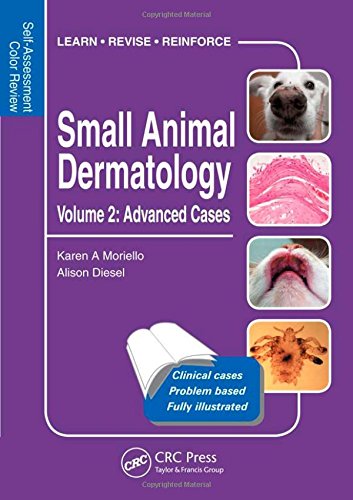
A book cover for Small Animal Dermatology, Advanced Cases: Self-Assessment Color Review (Veterinary Self-Assessment Color Review Series); Karen A Moriello; Medical Books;